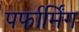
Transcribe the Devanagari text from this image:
पर्फार्मिंग